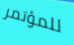
للمؤتمر